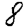
Digit: 8